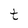
Character: t